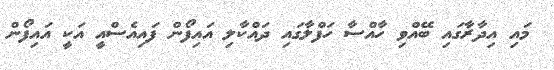
މައި އިދާރާގައި ބޭއްވި ހާއްސާ ހަފްލާގައި ދައްކާލި އައިފޯން ފައިއެސްއީ އަކީ އައިފޯން